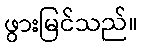
ဖွားမြင်သည်။